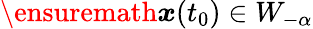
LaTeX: \ensuremath{\boldsymbol{{x}}}(t_{0})\in W_{-\alpha}